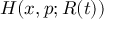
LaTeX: H ( x , p ; R ( t ) )